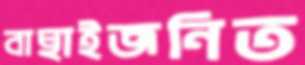
বাছাইজনিত